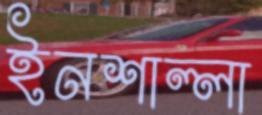
ইনশাল্লা